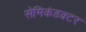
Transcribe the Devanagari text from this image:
सेमिकंडक्टर